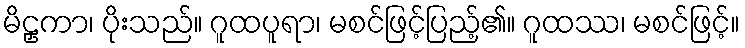
မိဠှကာ၊ ပိုးသည်။ ဂူထပူရာ၊ မစင်ဖြင့်ပြည့်၏။ ဂူထဿ၊ မစင်ဖြင့်။